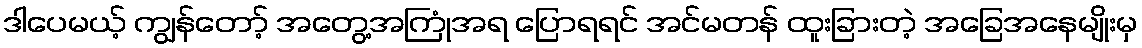
ဒါပေမယ့် ကျွန်တော့် အတွေ့အကြုံအရ ပြောရရင် အင်မတန် ထူးခြားတဲ့ အခြေအနေမျိုးမှ